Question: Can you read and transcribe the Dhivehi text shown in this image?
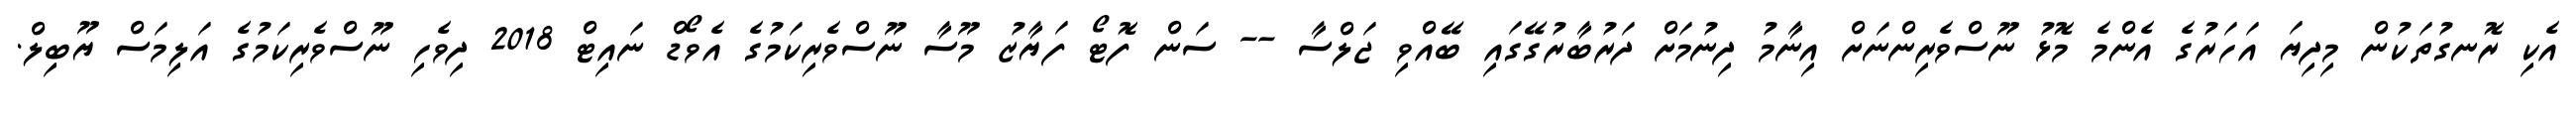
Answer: އެކި ރޮނގުތަކުން މިދިޔަ އަހަރުގެ އެންމެ މޮޅު ނޫސްވެރިންނަށް އިނާމު ދިނުމަށް ދަރުބާރުގޭގައި ބޭއްވި ޖަލްސާ -- ސަން ފޮޓޯ ފަޔާޒު މޫސާ ނޫސްވެރިކަމުގެ އެވޯޑް ނައިޓް 2018 ދިވެހި ނޫސްވެރިކަމުގެ އަލިމަސް ޔޫބިލް.